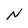
Character: N